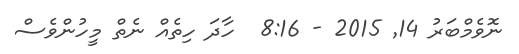
ނޮވެމްބަރު 14